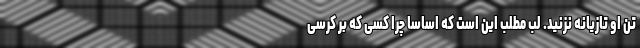
تن او تازیانه نزنید. لبّ مطلب این است که اساساً چرا کسی که بر کرسی